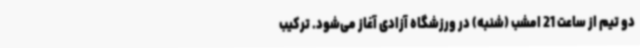
دو تیم از ساعت 21 امشب (شنبه) در ورزشگاه آزادی آغاز می‌شود. ترکیب